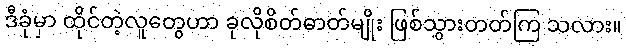
ဒီခုံမှာ ထိုင်တဲ့လူတွေဟာ ခုလိုစိတ်ဓာတ်မျိုး ဖြစ်သွားတတ်ကြ သလား။